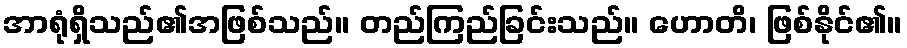
အာရုံရှိသည်၏အဖြစ်သည်။ တည်ကြည်ခြင်းသည်။ ဟောတိ၊ ဖြစ်နိုင်၏။